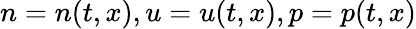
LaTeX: n=n(t,x),u=u(t,x),p=p(t,x)